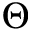
\boldsymbol { \Theta }